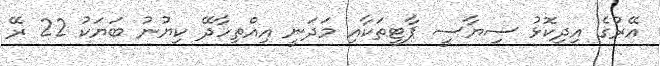
އޭރުގެ އިދިކޮޅު ސިޔާސީ ޕާޓީތަކާއި މަދަނީ އިއްތިހާދޭ ކިޔުނު ބަޔަކު 22 ރޭ